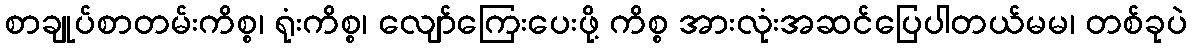
စာချုပ်စာတမ်းကိစ္စ၊ ရုံးကိစ္စ၊ လျော်ကြေးပေးဖို့ ကိစ္စ အားလုံးအဆင်ပြေပါတယ်မမ၊ တစ်ခုပဲ